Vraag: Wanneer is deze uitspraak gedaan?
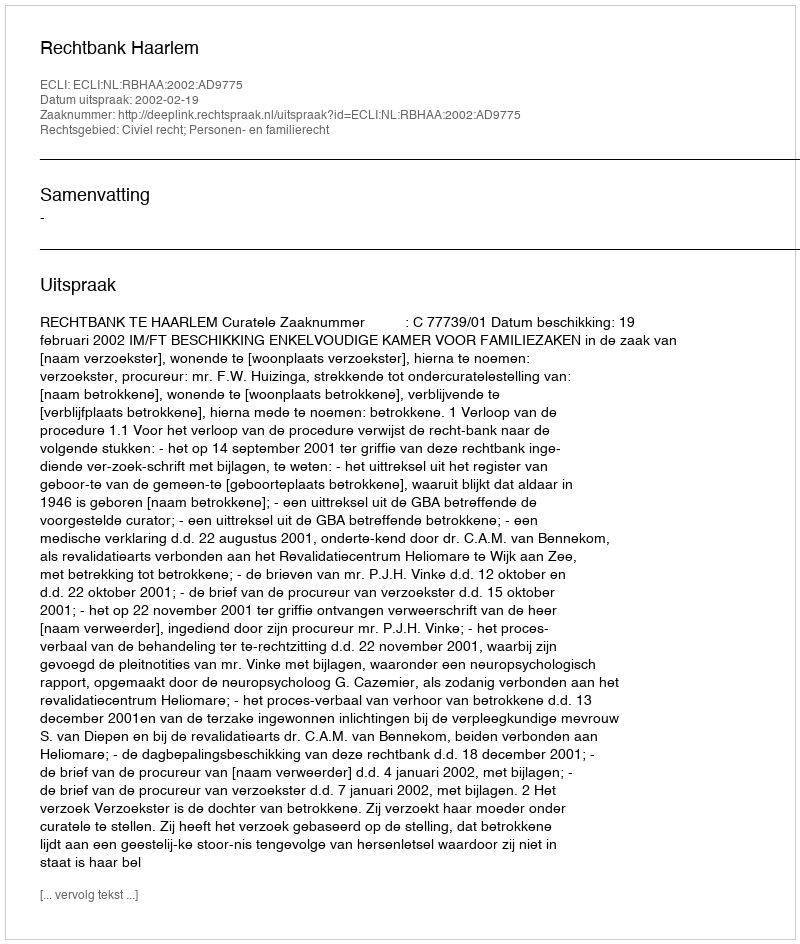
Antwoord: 2002-02-19